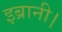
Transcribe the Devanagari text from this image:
इब्रानी।